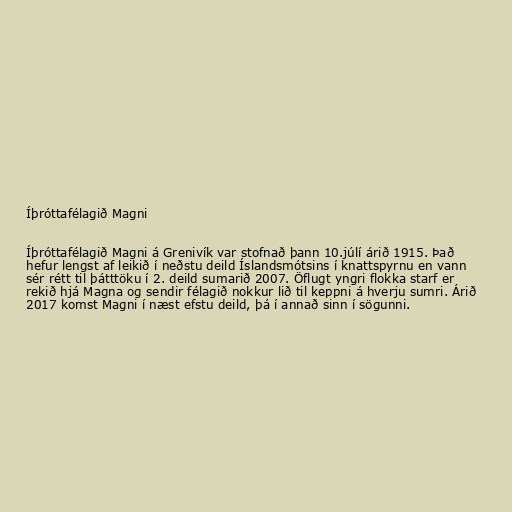
Íþróttafélagið Magni

Íþróttafélagið Magni á Grenivík var stofnað þann 10.júlí árið 1915. Það
hefur lengst af leikið í neðstu deild Íslandsmótsins í knattspyrnu en vann
sér rétt til þátttöku í 2. deild sumarið 2007. Öflugt yngri flokka starf er
rekið hjá Magna og sendir félagið nokkur lið til keppni á hverju sumri. Árið
2017 komst Magni í næst efstu deild, þá í annað sinn í sögunni.